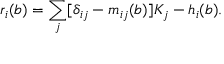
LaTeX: r _ { i } ( b ) = \sum _ { j } [ \delta _ { i j } - m _ { i j } ( b ) ] K _ { j } - h _ { i } ( b ) .